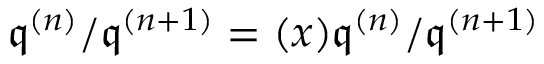
{ \mathfrak { q } } ^ { ( n ) } / { \mathfrak { q } } ^ { ( n + 1 ) } = ( x ) { \mathfrak { q } } ^ { ( n ) } / { \mathfrak { q } } ^ { ( n + 1 ) }